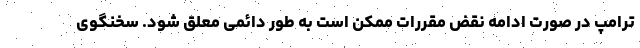
ترامپ در صورت ادامه نقض مقررات ممکن است به طور دائمی معلق شود. سخنگوی